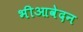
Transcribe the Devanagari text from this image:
भीआवेदन